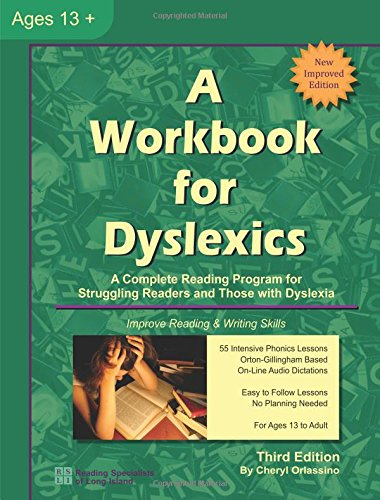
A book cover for A Workbook for Dyslexics, 3rd Edition; Cheryl Orlassino; Education & Teaching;